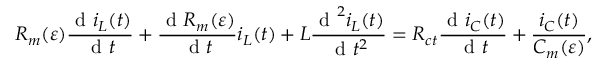
R _ { m } ( \varepsilon ) \frac { \textrm { d } i _ { L } ( t ) } { \textrm { d } t } + \frac { \textrm { d } R _ { m } ( \varepsilon ) } { \textrm { d } t } i _ { L } ( t ) + L \frac { \textrm { d } ^ { 2 } i _ { L } ( t ) } { \textrm { d } t ^ { 2 } } = R _ { c t } \frac { \textrm { d } i _ { C } ( t ) } { \textrm { d } t } + \frac { i _ { C } ( t ) } { C _ { m } ( \varepsilon ) } ,